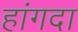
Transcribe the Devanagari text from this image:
हांगदा